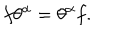
LaTeX: f \theta ^ { \alpha } = \theta ^ { \alpha } f .